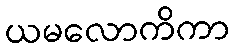
ယမလောကိကာ